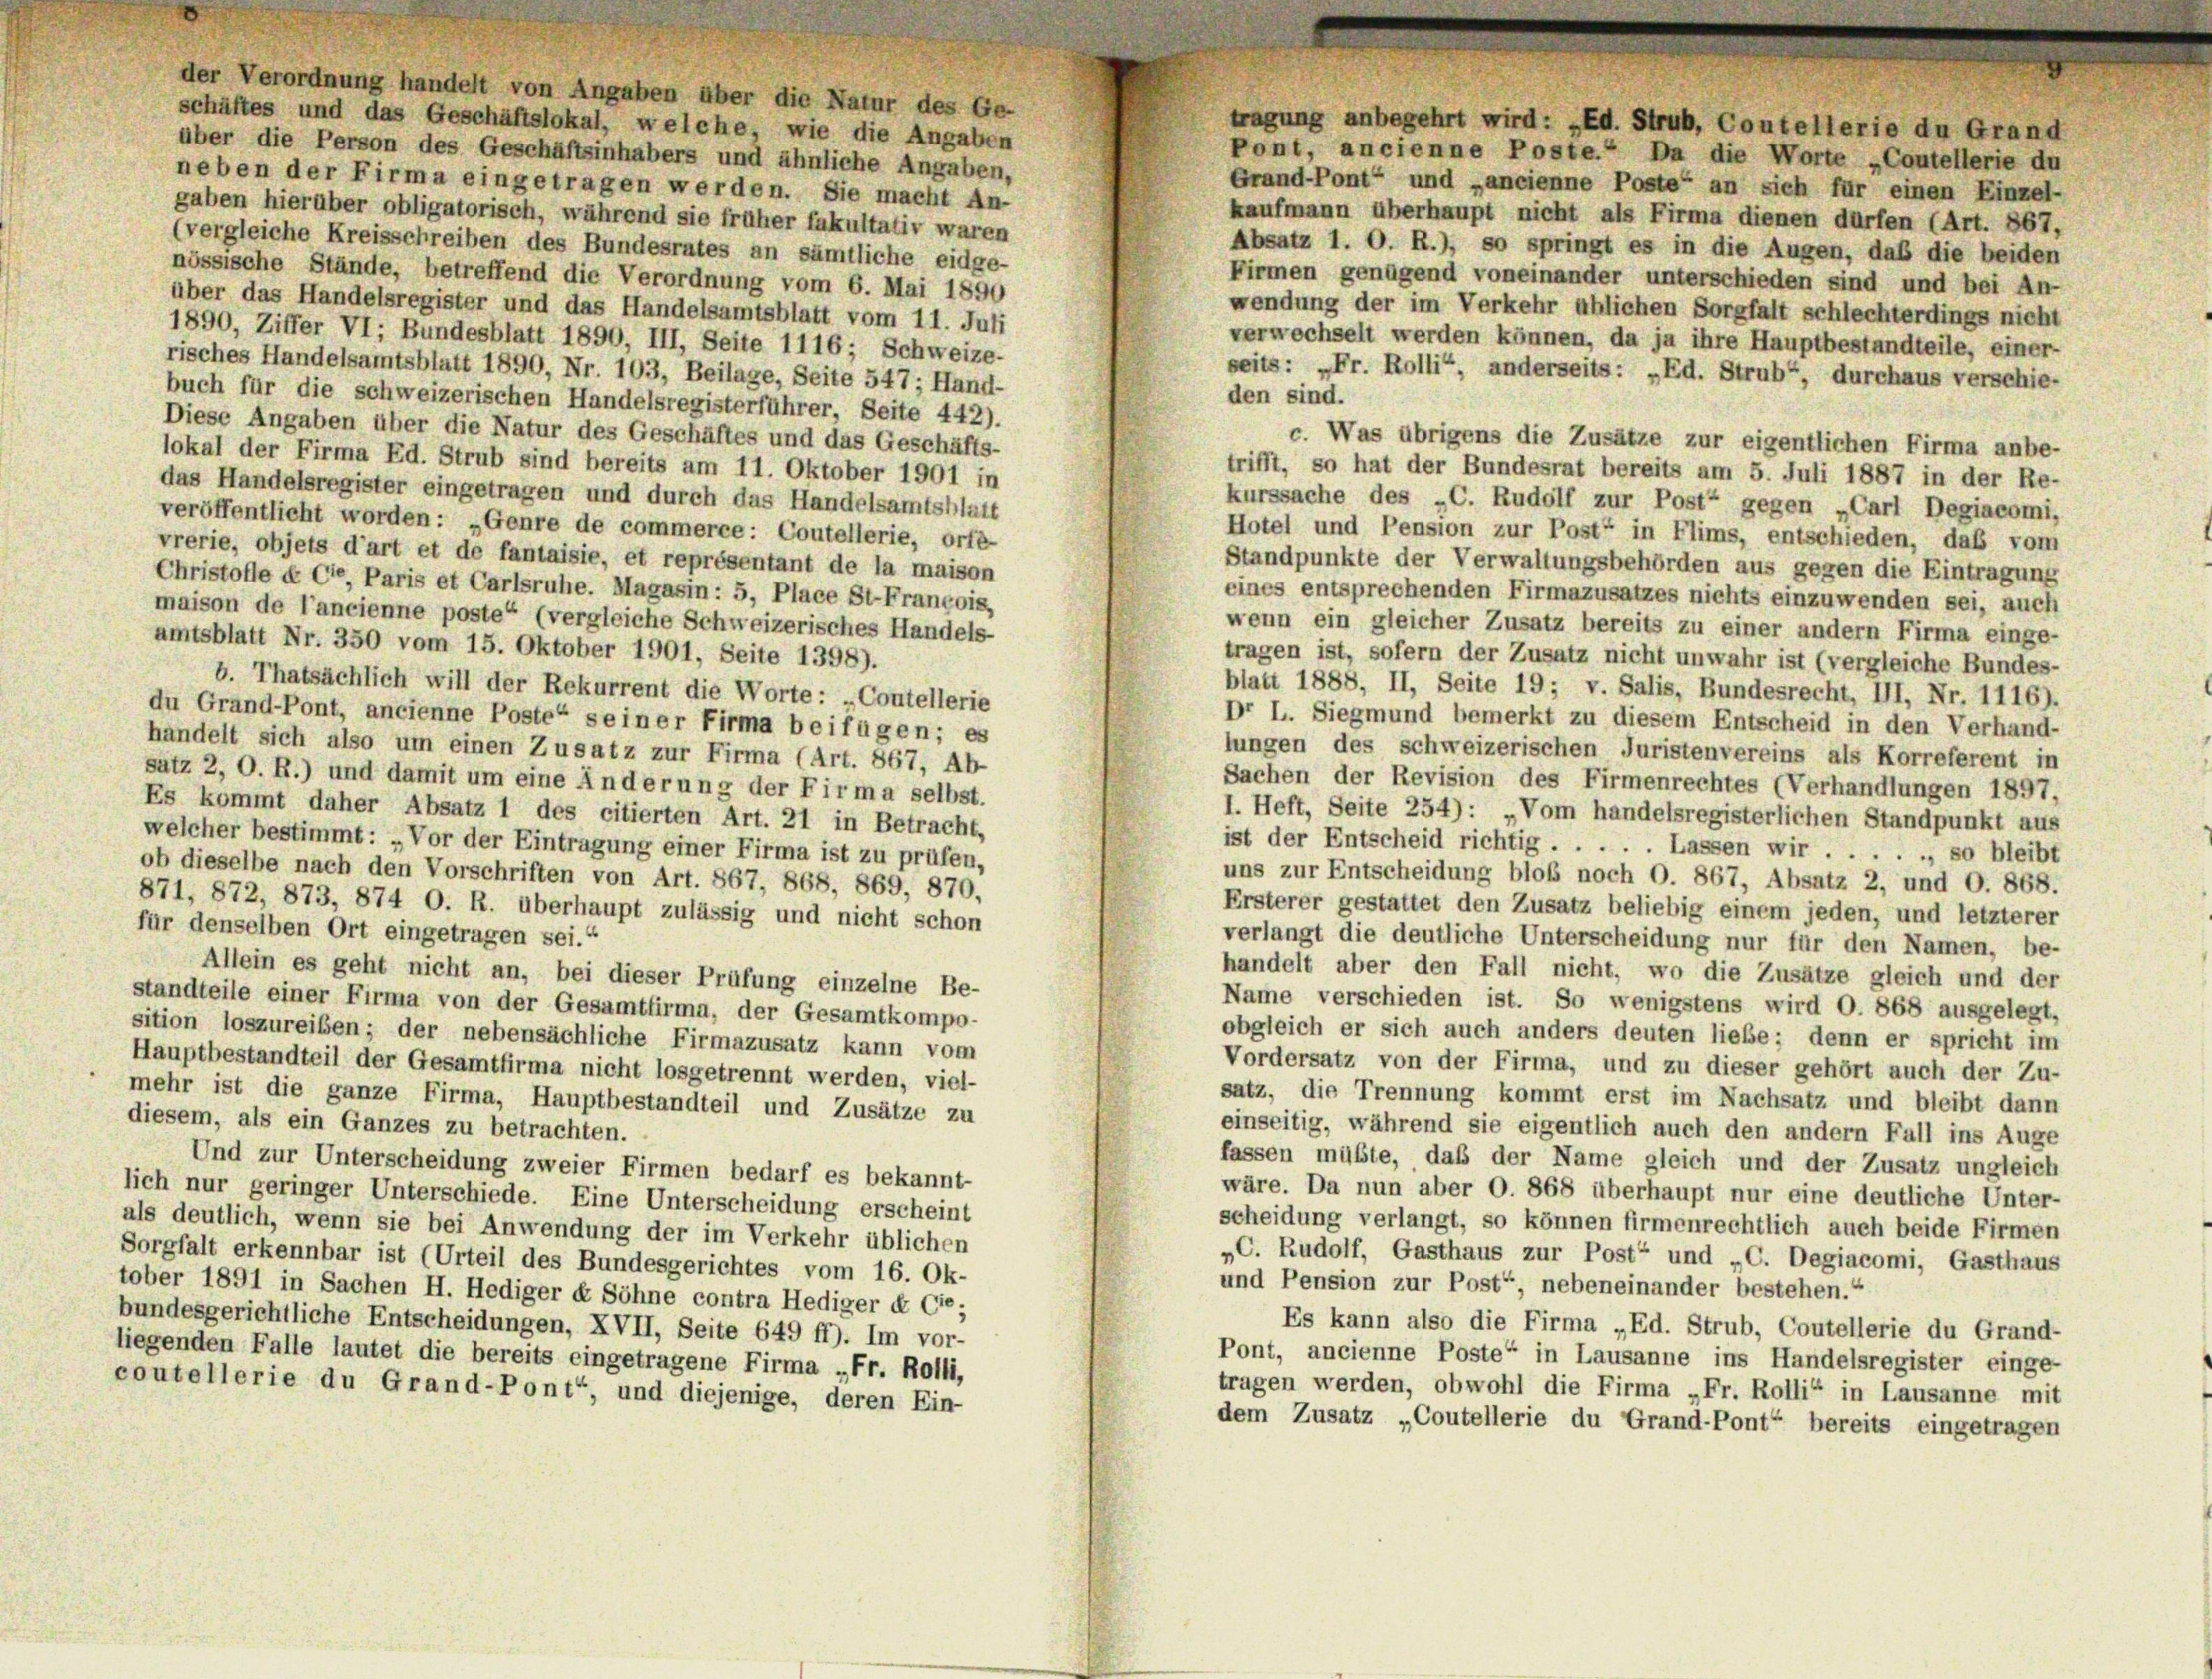
der Verordnung handelt von Angaben über die Natur des Ge-
schäftes und das Geschäftslokal, welche, wie die Angaben
über die Person des Geschäftsinhabers und ähnliche Angaben,
neben der Firma eingetragen werden. Sie macht An-
Grand-Pont“ und „ancienne Poste“ an sich für einen Einzel-
gaben hierüber obligatorisch, während sie früher fakultativ waren
kaufmann überhaupt nicht als Firma dienen dürfen (Art. 867,
(vergleiche Kreisschreiben des Bundesrates an sämtliche eidge-
Absatz 1. O. R.), so springt es in die Augen, daß die beiden
nössische Stände, betreffend die Verordnung vom 6. Mai 1890
Firmen genügend voneinander unterschieden sind und bei An-
über das Handelsregister und das Handelsamtsblatt vom 11. Juli
wendung der im Verkehr üblichen Sorgfalt schlechterdings nicht
1890, Ziffer VI; Bundesblatt 1890, III, Seite 1116; Schweize-
verwechselt werden können, da ja ihre Hauptbestandteile, einer-
risches Handelsamtsblatt 1890, Nr. 103, Beilage, Seite 547; Hand-
seits: „Fr. Rolli“, anderseits : „Ed. Strub“, durchaus verschie-
den sind.
buch für die schweizerischen Handelsregisterführer, Seite 442).
Diese Angaben über die Natur des Geschäftes und das Geschäfts-
c. Was übrigens die Zusätze zur eigentlichen Firma anbe-
lokal der Firma Ed. Strub sind bereits am 11. Oktober 1901 in
trifft, so hat der Bundesrat bereits am 5. Juli 1887 in der Re-
das Handelsregister eingetragen und durch das Handelsamtsblatt
kurssache des „C. Rudolf zur Post“ gegen „Carl Degiacomi,
veröffentlicht worden: „Genre de commerce: Coutellerie, orfe-
Hotel und Pension zur Post“ in Flims, entschieden, daß vom
vrerie, objets d’art et de fantaisie, et représentant de la maison
Standpunkte der Verwaltungsbehörden aus gegen die Eintragung
Christofle « Ce, Paris et Carlsruhe. Magasin: 5, Place St-Francois,
eines entsprechenden Firmazusatzes nichts einzuwenden sei, auch
maison de l’ancienne poste“ (vergleiche Schweizerisches Handels-
wenn ein gleicher Zusatz bereits zu einer andern Firma einge-
amtsblatt Nr. 350 vom 15. Oktober 1901, Seite 1398).
tragen ist, sofern der Zusatz nicht unwahr ist (vergleiche Bundes-
b. Thatsächlich will der Rekurrent die Worte: „Coutellerie
blatt 1888, II, Seite 19; v. Salis, Bundesrecht, III, Nr. 1116).
du Grand-Pont, ancienne Poste“ seiner Firma beifügen; es
Dr L. Siegmund bemerkt zu diesem Entscheid in den Verhand-
handelt sich also um einen Zusatz zur Firma (Art. 867, Ab-
lungen des schweizerischen Juristenvereins als Korreferent in
satz 2, O. R.) und damit um eine Änderung der Firma selbst.
Sachen der Revision des Firmenrechtes (Verhandlungen 1897,
Es kommt daher Absatz 1 des citierten Art. 21 in Betracht,
1. Heft, Seite 254): „Vom handelsregisterlichen Standpunkt aus
welcher bestimmt: „Vor der Eintragung einer Firma ist zu prüfen,
ist der Entscheid richtig . . . . . Lassen wir . . . . ., so bleibt
ob dieselbe nach den Vorschriften von Art. 867, 868, 869, 870,
uns zur Entscheidung bloß noch O. 867, Absatz 2, und O. 868.
871, 872, 873, 874 O. R. überhaupt zulässig und nicht schon
Ersterer gestattet den Zusatz beliebig einem jeden, und letzterer
für denselben Ort eingetragen sei.“
verlangt die deutliche Unterscheidung nur für den Namen, be-
handelt aber den Fall nicht, wo die Zusätze gleich und der
Allein es geht nicht an, bei dieser Prüfung einzelne Be-
Name verschieden ist. So wenigstens wird O. 868 ausgelegt,
standteile einer Firma von der Gesamtfirma, der Gesamtkompo-
obgleich er sich auch anders deuten liebe; denn er spricht im
sition loszureiben; der nebensächliche Firmazusatz kann vom
Vordersatz von der Firma, und zu dieser gehört auch der Zu-
Hauptbestandteil der Gesamtfirma nicht losgetrennt werden, viel-
satz, die Trennung kommt erst im Nachsatz und bleibt dann
mehr ist die ganze Firma, Hauptbestandteil und Zusätze zu
diesem, als ein Ganzes zu betrachten.
einseitig, während sie eigentlich auch den andern Fall ins Auge
fassen müßte, daß der Name gleich und der Zusatz ungleich
Und zur Unterscheidung zweier Firmen bedarf es bekannt-
wäre. Da nun aber O. 868 überhaupt nur eine deutliche Unter-
lich nur geringer Unterschiede. Eine Unterscheidung erscheint
scheidung verlangt, so können firmenrechtlich auch beide Firmen
als deutlich, wenn sie bei Anwendung der im Verkehr üblichen
„C. Rudolf, Gasthaus zur Post“ und „C. Degiacomi, Gasthaus
Sorgfalt erkennbar ist (Urteil des Bundesgerichtes vom 16. Ok-
und Pension zur Post“, nebeneinander bestehen.“
tober 1891 in Sachen H. Hediger u Söhne contra Hediger & Cie;
bundesgerichtliche Entscheidungen, XVII, Seite 649 ff). Im vor-
Es kann also die Firma „Ed. Strub, Coutellerie du Grand-
liegenden Falle lautet die bereits eingetragene Firma „Fr. Rolli,
Pont, ancienne Poste“ in Lausanne ins Handelsregister einge-
tragen werden, obwohl die Firma „Fr. Rolli“ in Lausanne mit
coutellerie du Grand-Pont“, und diejenige, deren Ein-
dem Zusatz „Coutellerie du Grand-Pont“ bereits eingetragen

tragung anbegehrt wird: „Ed. Strub, Coutellerie du Grand
Pont, ancienne Poste.“ Da die Worte „Coutellerie du